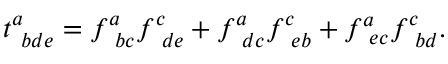
t _ { \ b d e } ^ { a } = f _ { \ b c } ^ { a } f _ { \ d e } ^ { c } + f _ { \ d c } ^ { a } f _ { \ e b } ^ { c } + f _ { \ e c } ^ { a } f _ { \ b d } ^ { c } .